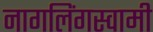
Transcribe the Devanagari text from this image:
नागलिंगस्वामी